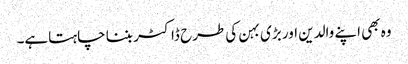
وہ بھی اپنے والدین اور بڑی بہن کی طرح ڈاکٹر بننا چاہتاہے۔